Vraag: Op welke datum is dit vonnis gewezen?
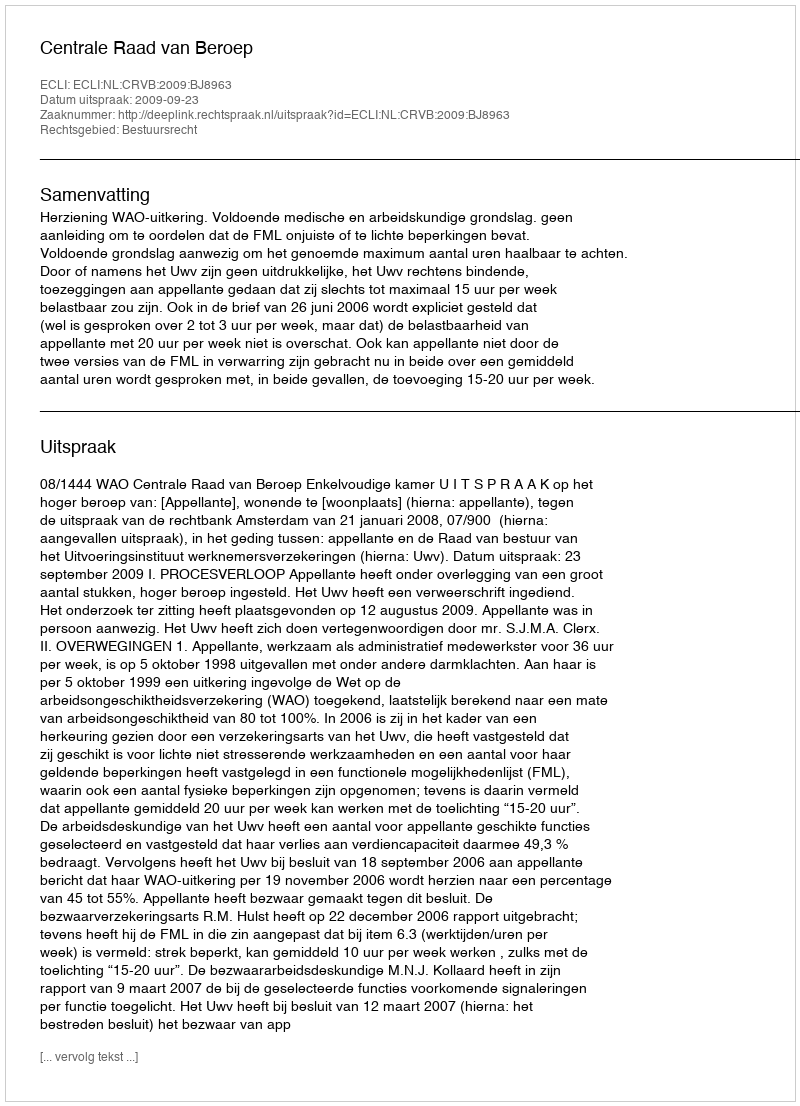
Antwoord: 2009-09-23